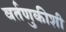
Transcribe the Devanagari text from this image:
वर्तणुकीशी